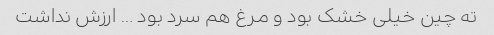
ته چین خیلی خشک بود و مرغ هم سرد بود … ارزش نداشت